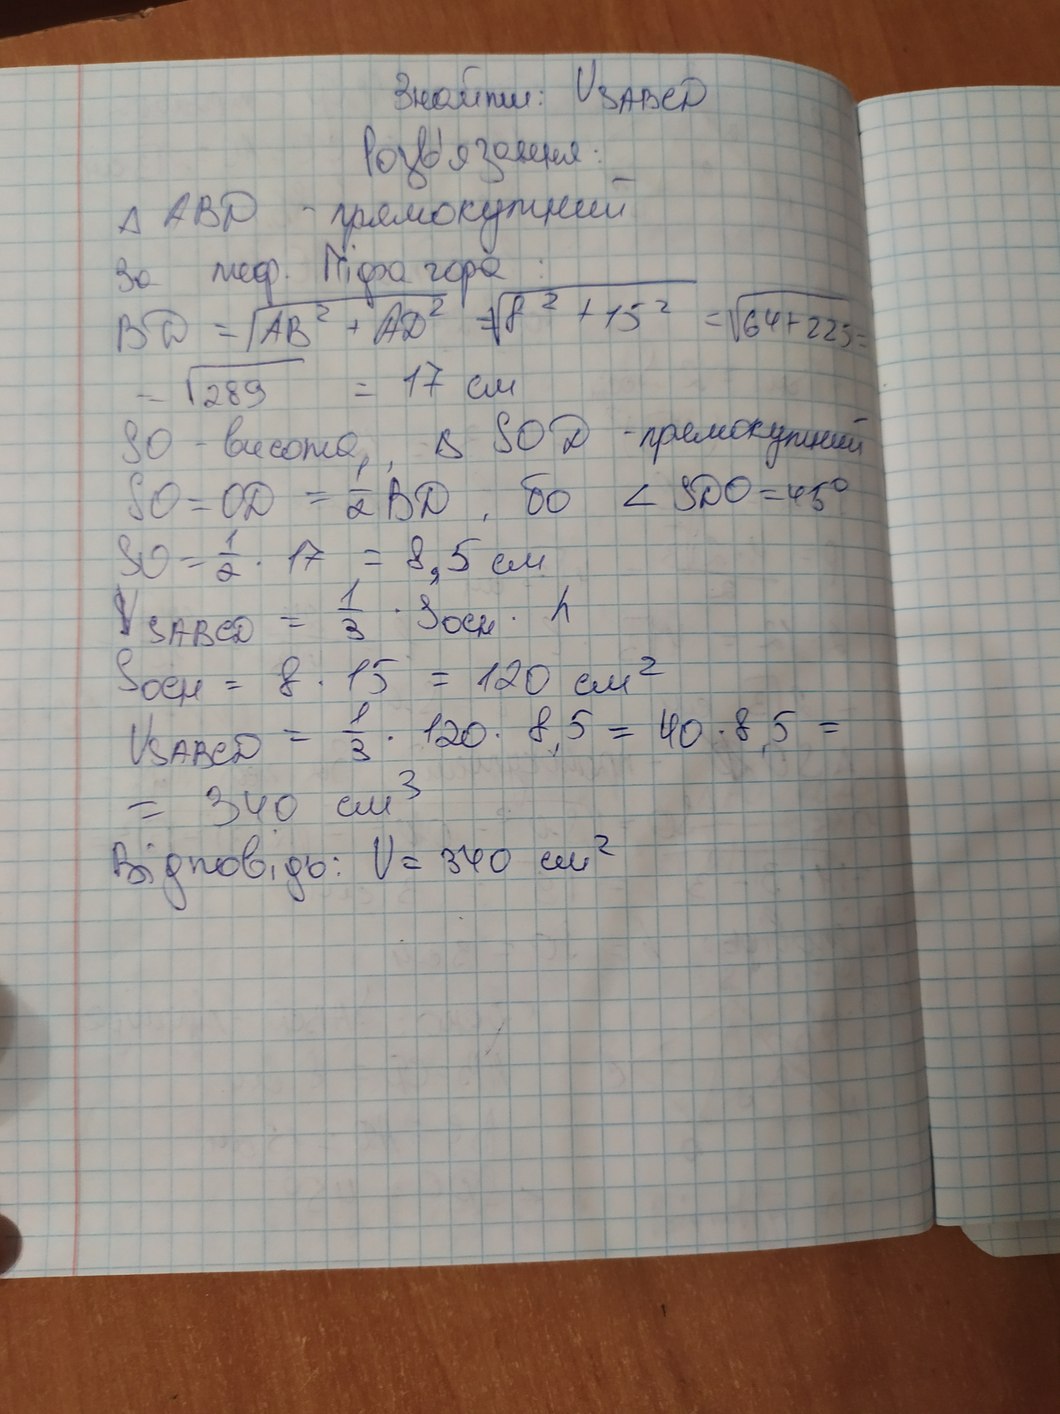
Знайти: VSABCD
Розв'язання
△ABD - прямокутний
за теор. Піфагора
BD = \sqrt{AB^2 + AD^2} = \sqrt{8^2 + 15^2} = \sqrt{64 + 225} =
= \sqrt{289} = 17см
SO - высота, △SOD - прямокутний
SO = OD = \frac{1}{2}BD бо ∠ SDO = 45°
SO = \frac{1}{2} * 17 = 8,5см
VSABCD = \frac{1}{3} * Sосн * h
Sосн = 8 * 15 = 120см^2
VSABCD = \frac{1}{3} * 120 * 8,5 = 40 * 8,5 =
= 340см^3
Відповідь: V = 340см^2